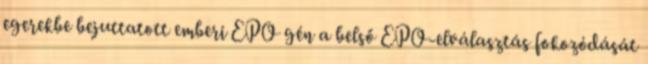
egerekbe bejuttatott emberi EPO gén a belső EPO-elválasztás fokozódását